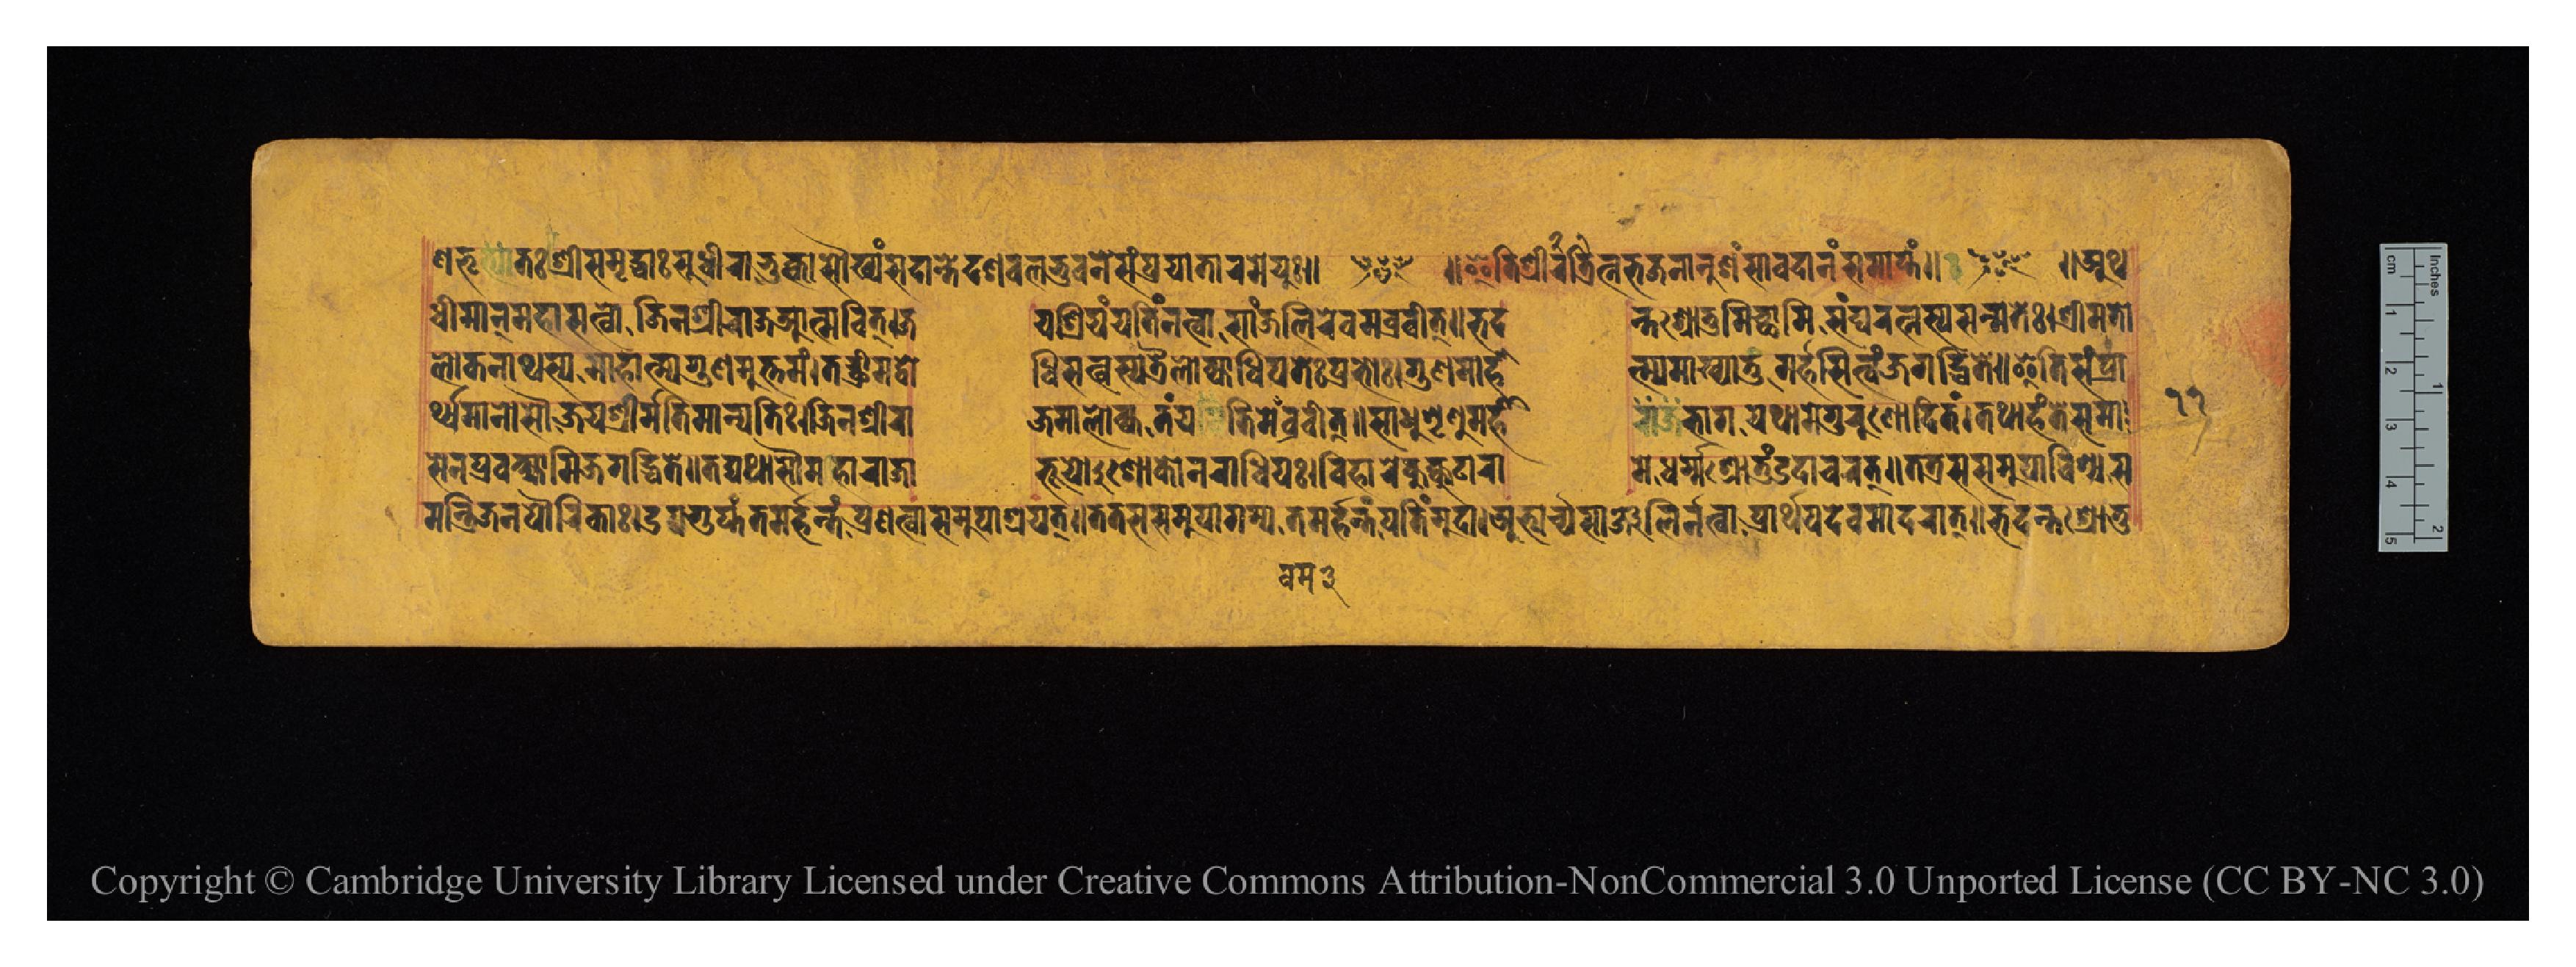
𑐞𑐨𑐺𑐟𑑅𑐱𑑂𑐬𑐷𑐳𑐩𑐺𑐡𑑂𑐢𑐵𑑅𑐳𑐸𑐢𑐶𑐬𑐵𑑅𑑋𑐨𑐎𑑂𑐟𑑂𑐰𑐵𑐳𑑁𑐏𑑂𑐫𑑄𑐳𑐡𑐵𑐣𑑂𑐟𑐾𑐡𑐱𑐧𑐮𑐨𑐸𑐰𑐣𑐾𑐳𑑄𑐥𑑂𑐬𑐫𑐵𑐟𑐵𑐬𑐩𑐾𑐫𑐸𑑅𑑌 ~ 𑑌𑐂𑐟𑐶𑐱𑑂𑐬𑐷𑐟𑑂𑐬𑐶𑐬𑐟𑑂𑐣𑐨𑐖𑐣𑐵𑐣𑐸𑐱𑑄𑐳𑐵𑐰𑐡𑐵𑐣𑑄𑐳𑐩𑐵𑐥𑑂𑐟𑑄𑑌 ~ 𑑌𑐀𑐠 𑐢𑐷𑐩𑐵𑐣𑑂𑐩𑐴𑐵𑐳𑐟𑑂𑐰𑑀𑐖𑐶𑐣𑐱𑑂𑐬𑐷𑐬𑐵𑐖𑐁𑐟𑑂𑐩𑐰𑐶𑐟𑑂𑑋𑐖  𑐫𑐱𑑂𑐬𑐶𑐫𑑄𑐫𑐟𑐶𑑄𑐣𑐟𑑂𑐰𑐵𑐳𑐵𑐘𑑂𑐖𑐮𑐶𑐬𑐾𑐰𑐩𑐧𑑂𑐬𑐰𑐷𑐟𑑂𑑌𑐨𑐡  𑐣𑑂𑐟𑐱𑑂𑐬𑑀𑐟𑐸𑐩𑐶𑐕𑐵𑐩𑐶𑐳𑑄𑐑𑐬𑐟𑑂𑐣𑐳𑑂𑐫𑐳𑐣𑑂𑐩𑐟𑐾𑑅𑑋𑐱𑑂𑐬𑐷𑐩𑐟𑑀 𑐬𑑂𑐠𑑂𑐫𑐩𑐵𑐣𑑀𑐳𑑁𑐖𑐫𑐱𑑂𑐬𑐷𑐬𑑂𑐩𑐟𑐶𑐩𑐵𑐣𑑂𑐫𑐟𑐶𑑅𑑋𑐖𑐶𑐣𑐱𑑂𑐬𑐷𑐬𑐵  𑐖𑐩𑐵𑐮𑑀𑐎𑑂𑐫𑐟𑑄𑐫𑐡𑐶𑐩𑐾𑐰𑐩𑐧𑑂𑐬𑐰𑐷𑐟𑑂𑑌𑐳𑐵𑐢𑐸𑐱𑐺𑐞𑐸𑐩𑐴𑐵  𑐬𑐵𑐐𑐨𑐐𑐫𑐠𑐵𑐩𑐾𑐐𑐸𑐬𑐸𑐞𑑀𑐡𑐶𑐟𑑄𑑋𑐟𑐠𑐵𑐴𑑄𑐟𑐾𑐳𑐩𑐵 𑐮𑑀𑐎𑐣𑐵𑐠𑐳𑑂𑐫𑐩𑐵𑐴𑐵𑐟𑑂𑐩𑑂𑐫𑐐𑐸𑐞𑐩𑐸𑐟𑑂𑐟𑐩𑑄𑑌𑐟𑐔𑑂𑐕𑑂𑐬𑐷𑐩𑐡𑑂𑐧𑑀  𑐢𑐶𑐳𑐟𑑂𑐰𑐳𑑂𑐫𑐟𑑂𑐬𑐿𑐮𑑀𑐎𑑂𑐫𑐵𑐢𑐶𑐟𑐾𑑅𑐥𑑂𑐬𑐨𑑀𑑅𑑋𑐐𑐸𑐞𑐩𑐵𑐴𑐵  𑐟𑑂𑐩𑑂𑐫𑐩𑐵𑐏𑑂𑐫𑐵𑐟𑐸𑐩𑐬𑑂𑐴𑐳𑐶𑐟𑑂𑐰𑑄𑐖𑐐𑐡𑑂𑐢𑐶𑐟𑐾𑑌𑐂𑐟𑐶𑐳𑑄𑐥𑑂𑐬𑐵 𑐳𑐾𑐣𑐥𑑂𑐬𑐰𑐎𑑂𑐲𑑂𑐫𑐵𑐩𑐶𑐖𑐐𑐡𑑂𑐢𑐶𑐟𑐾𑑌𑐟𑐡𑑂𑐫𑐠𑐵𑐳𑑁𑐩𑐴𑐵𑐬𑐵𑐖𑐵  𑐨𑐹𑐫𑑀𑐱𑑀𑐎𑑀𑐣𑐬𑐵𑐢𑐶𑐥𑑅𑑋𑐰𑐶𑐴𑐵𑐬𑐾𑐎𑐸𑐎𑑂𑐎𑐸𑐚𑐵𑐬𑐵  𑐩𑐾𑐢𑐬𑑂𑐩𑑂𑐩𑑄𑐱𑑂𑐬𑑀𑐟𑐸𑐡𑐵𑐔𑐬𑐟𑑂𑑌𑐟𑐟𑑂𑐬𑐳𑐳𑐩𑐸𑐥𑐵𑐰𑐶𑐱𑑂𑐫𑐳 𑐩𑐣𑑂𑐟𑑂𑐬𑐶𑐣𑐥𑑁𑐬𑐶𑐎𑐵𑑅𑑋𑐄𑐥𑐐𑐸𑐥𑑂𑐟𑑄𑐟𑐩𑐬𑑂𑐴𑐣𑑂𑐟𑑄𑐥𑑂𑐬𑐞𑐟𑑂𑐰𑐵𑐳𑐩𑐸𑐥𑐵𑐱𑑂𑐬𑐫𑐟𑑂𑑌𑐟𑐟𑑂𑐬𑐳𑐳𑐩𑐸𑐥𑐵𑐐𑐩𑑂𑐫𑐟𑐩𑐬𑑂𑐴𑐣𑑂𑐟𑑄𑐫𑐟𑐶𑑄𑐩𑐸𑐡𑐵𑑋𑐀𑐨𑑂𑐫𑐬𑑂𑐔𑑂𑐫𑐳𑐵𑐘𑑂𑐖𑐮𑐶𑐬𑑂𑐣𑐟𑑂𑐰𑐵𑐥𑑂𑐬𑐵𑐬𑑂𑐠𑐫𑐡𑐾𑐰𑐩𑐵𑐡𑐬𑐵𑐟𑑂𑑌𑐨𑐡𑐣𑑂𑐟𑐱𑑂𑐬𑑀𑐟𑐸 𑑑𑑑